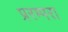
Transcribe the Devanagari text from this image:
प्ररम्परा